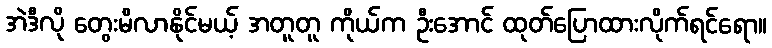
အဲဒီလို တွေးမိလာနိုင်မယ့် အတူတူ ကိုယ်က ဦးအောင် ထုတ်ပြောထားလိုက်ရင်ရော။